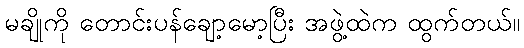
မချိုကို တောင်းပန်ချော့မော့ပြီး အဖွဲ့ထဲက ထွက်တယ်။